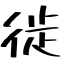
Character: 徙